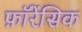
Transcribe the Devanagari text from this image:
फ़ॉरेंसिक